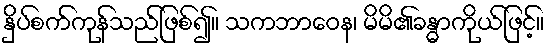
နှိပ်စက်ကုန်သည်ဖြစ်၍။ သကဘာဝေန၊ မိမိ၏ခန္ဓာကိုယ်ဖြင့်။